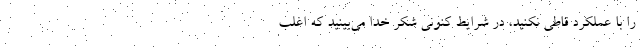
را با عملکرد قاطی نکنید، در شرایط کنونی شکر خدا می‌بینید که اغلب